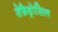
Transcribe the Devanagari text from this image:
सेफ़ैड्रोसिल